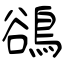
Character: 鵒